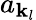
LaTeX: a_{\mathbf{k}_{l}}